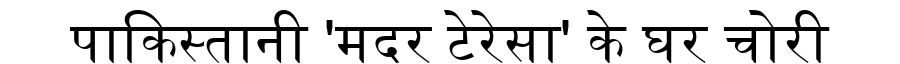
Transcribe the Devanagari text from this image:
पाकिस्तानी 'मदर टेरेसा' के घर चोरी